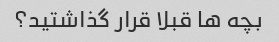
بچه ها قبلا قرار گذاشتید؟